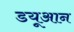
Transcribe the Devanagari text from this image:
डयूआन